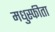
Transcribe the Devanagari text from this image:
मधुस्फीता